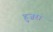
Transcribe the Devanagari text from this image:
हुज़रा